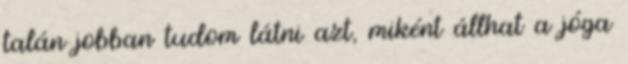
talán jobban tudom látni azt, miként állhat a jóga